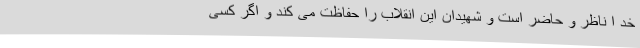
خد ا ناظر و حاضر است و شهیدان این انقلاب را حفاظت می کند و اگر کسی